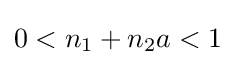
0<n_{1}+n_{2}a<1